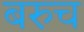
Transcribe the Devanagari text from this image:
बरुच